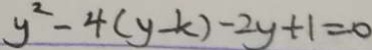
y ^ { 2 } - 4 ( y - k ) - 2 y + 1 = 0